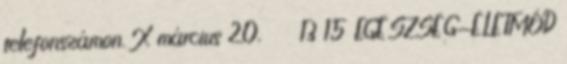
telefonszámon. X március 20. 13 15 EGÉSZSÉG-ÉLETMÓD